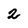
Character: 2